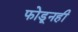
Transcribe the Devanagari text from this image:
फोडूनही